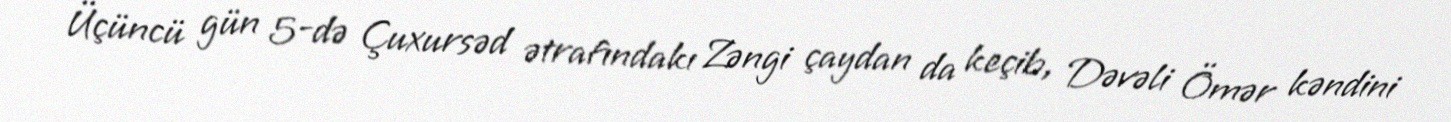
Üçüncü gün 5-də Çuxursəd ətrafındakı Zəngi çaydan da keçib, Dəvəli Ömər kəndini